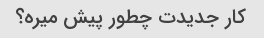
کار جدیدت چطور پیش میره؟